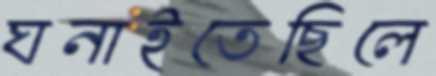
ঘনাইতেছিলে